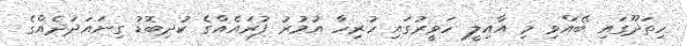
ހިތަދޫގައި ބޭއްވި މި އާއިލީ ހަވީރުގައި ހުރިހާ އުމުރު ފުރައެއްގެ ކުދިބޮޑު ގިނައަދަދެއްގެ